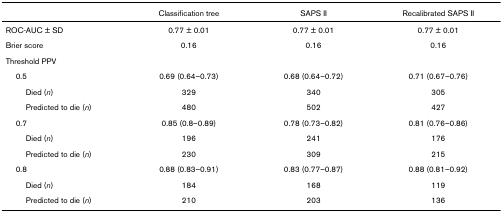
|  | Classification tree | SAPS II | Recalibrated SAPS II |
 | --- | --- | --- | --- |
 | ROC-AUC ± SD | 0.77 ± 0.01 | 0.77 ± 0.01 | 0.77 ± 0.01 |
 | Brier score | 0.16 | 0.16 | 0.16 |
 | Threshold PPV |  |  |  |
 | 0.5 | 0.69 (0.64–0.73) | 0.68 (0.64–0.72) | 0.71 (0.67–0.76) |
 | Died (n) | 329 | 340 | 305 |
 | Predicted to die (n) | 480 | 502 | 427 |
 | 0.7 | 0.85 (0.8–0.89) | 0.78 (0.73–0.82) | 0.81 (0.76–0.86) |
 | Died (n) | 196 | 241 | 176 |
 | Predicted to die (n) | 230 | 309 | 215 |
 | 0.8 | 0.88 (0.83–0.91) | 0.83 (0.77–0.87) | 0.88 (0.81–0.92) |
 | Died (n) | 184 | 168 | 119 |
 | Predicted to die (n) | 210 | 203 | 136 |